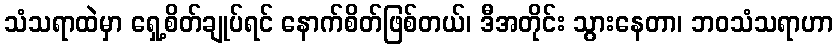
သံသရာထဲမှာ ရှေ့စိတ်ချုပ်ရင် နောက်စိတ်ဖြစ်တယ်၊ ဒီအတိုင်း သွားနေတာ၊ ဘဝသံသရာဟာ